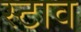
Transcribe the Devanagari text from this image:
स्टाव